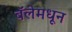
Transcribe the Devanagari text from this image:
बॅलेमधून